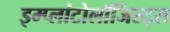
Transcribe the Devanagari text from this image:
इम्प्लांटोलॉजिस्ट्स